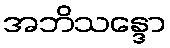
အဘိသန္ဒော